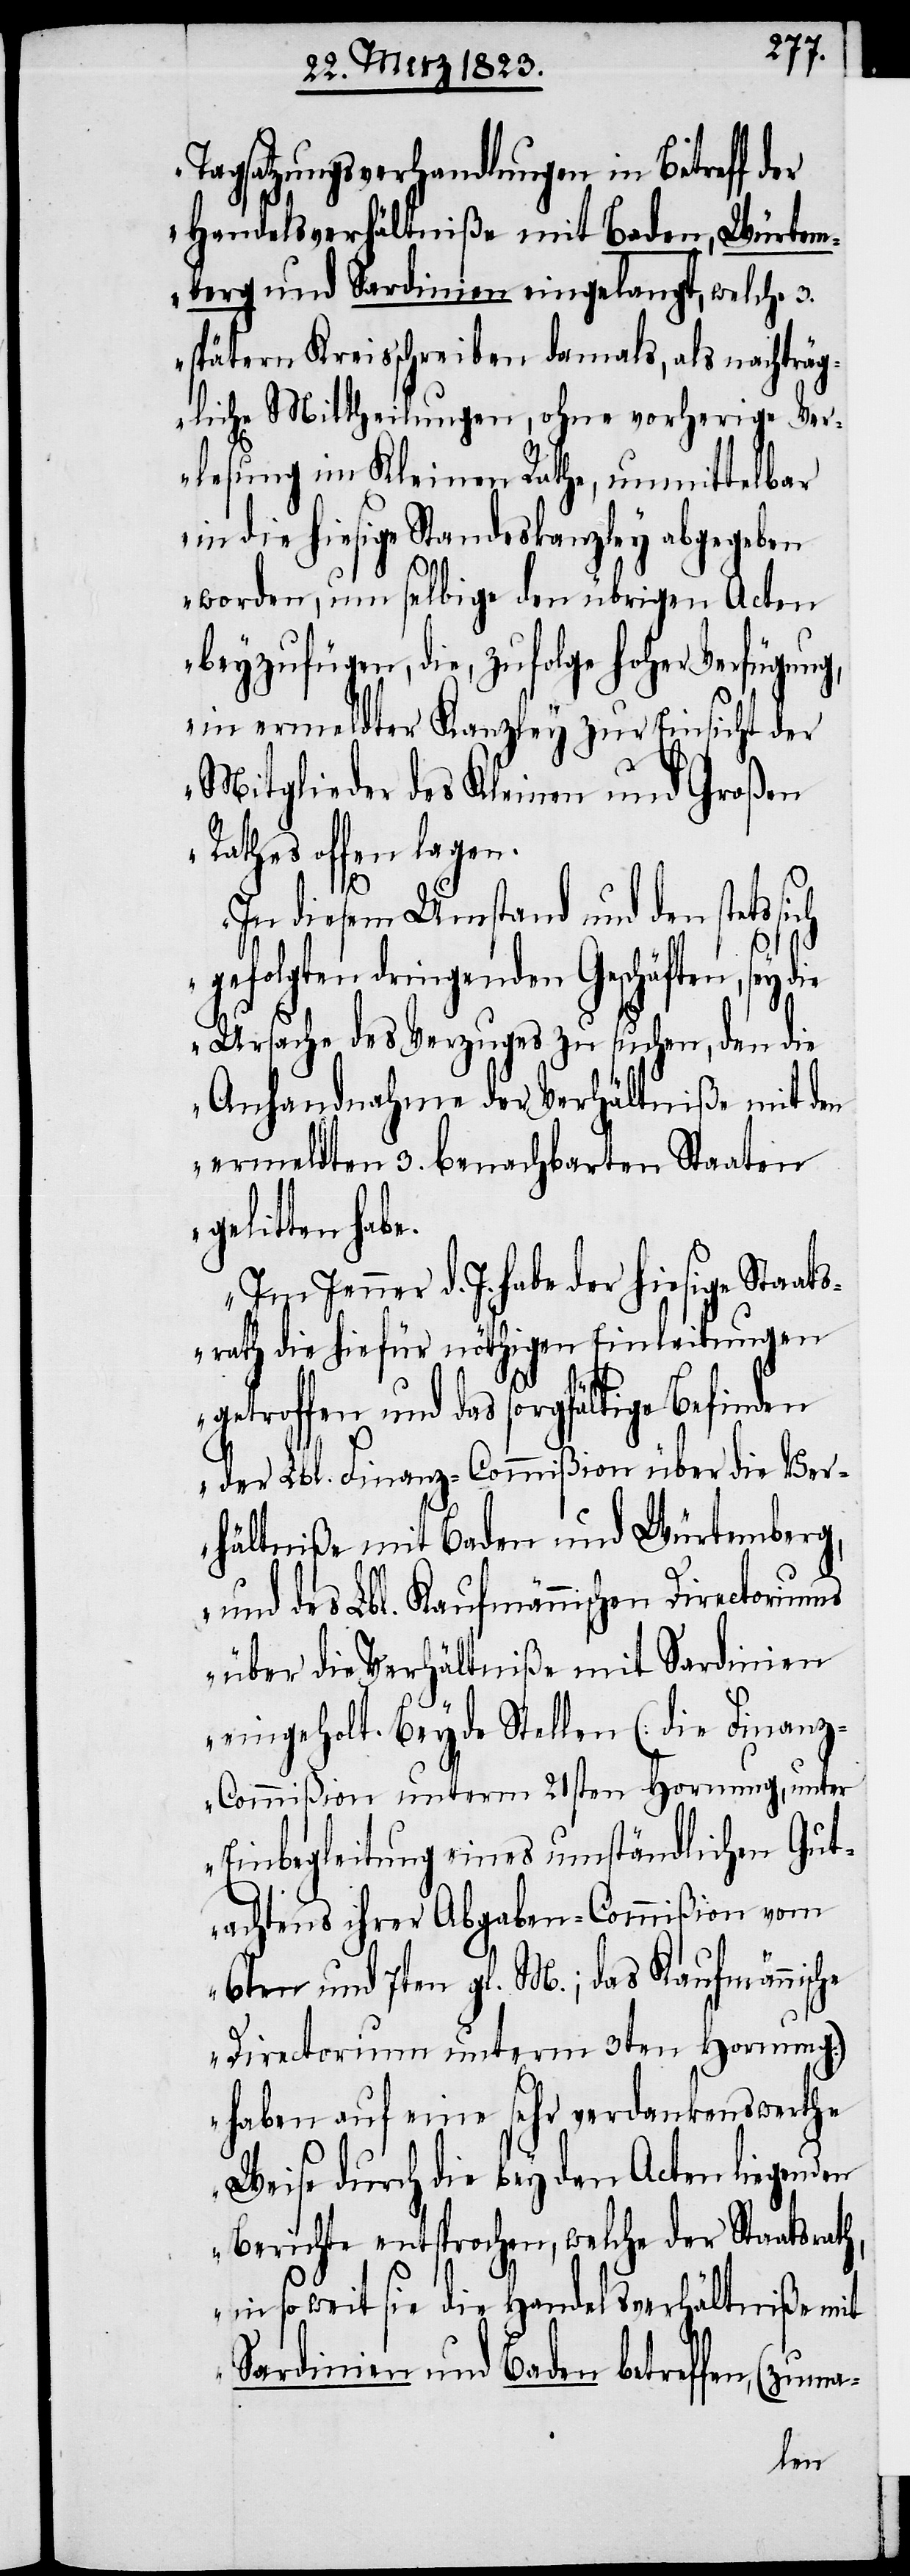
Tagsatzungsverhandlungen in Betreff der
Handelsverhältniße mit Baden, Würtem¬
berg und Sardinien eingelangt, welche 3.
spätern Kreisschreiben damals, als nachträg¬
liche Mittheilungen, ohne vorherige Ver¬
lesung im Kleinen Rathe, unmittelbar
in die hiesige Standeskanzley abgegeben
worden, um selbige den übrigen Acten
beyzufügen, die, zufolge hoher Verfügung,
in ermeldter Kanzley zur Einsicht der
Mitglieder des Kleinen und Großen
Rathes offen lagen.
e.
In diesem Umstand und den stets
Geschäften, sey die
Ursache des Verzuges zu suchen, den die
Anhandnahme der Verhältniße mit den
ermeldten 3. benachbarten Staaten
gelitten hab¬
Jenner d. J. habe der hiesige Staats¬
rath die hiefür nöthigen Einleitungen
getroffen und das sorgfältige Befinden
der Lbl. Finanz-Commißion über die Ver¬
hältniße mit Baden und Würtemberg,
und des Lbl. Kaufmännischen Directoriums
über die Verhältniße mit Sardinien
eingeholt. Beyde Stellen (die Finan¬
z-Commißion unterm 21sten Hornung, unter
Einbegleitung eines umständlichen Gut¬
achtens ihrer Abgaben-Commißion vom
6ten und 7ten gl. M.; das Kaufmännische
Directorium unterm 3ten Hornung)
haben auf eine sehr verdankenswerthe
Weise durch die bey den Acten liegenden
Berichte entsprochen, welche der Staatsrath,
in so weit sie die Handelsverhältniße mit
Sardinien und Baden betreffen,